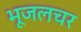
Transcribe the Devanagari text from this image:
भूजलचर